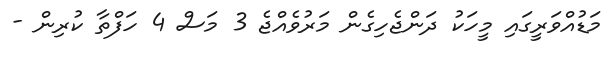
މަޑުއްވަރީގައި މީހަކު ދަންޖެހިގެން މަރުވެއްޖެ 3 މަސް 4 ހަފްތާ ކުރިން -